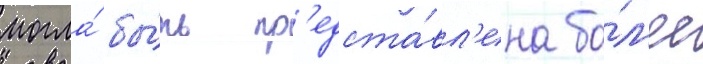
могла́ бы́ть пр'едста́вл'ена бо́л'ее